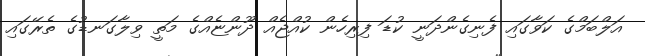
އަލްބަމްގެ ކަވާގައި ފެނިގެންދަނީ ކުޑަ ފިރިހެން ކުއްޖެއް ދޫންޏެއްގެ މަތީ ވިލާގަނޑުގެ ތެރޭގައި